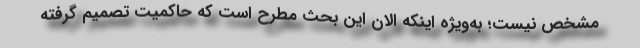
مشخص نیست؛ به‌ویژه اینکه الان این بحث مطرح است که حاکمیت تصمیم گرفته